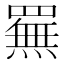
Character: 䍢